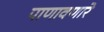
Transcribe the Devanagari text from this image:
पाणावणारे